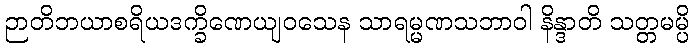
ဉာတိဘယာစရိယဒက္ခိဏေယျဝသေန သာရမ္မဏသဘာဝါ နိန္ဒာတိ သတ္တမမ္ပိ